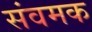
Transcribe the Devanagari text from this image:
संवमक